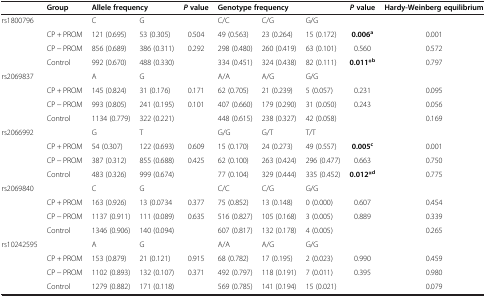
<table><thead><tr><td><b> </b></td><td><b>Group</b></td><td colspan="2"><b>Allele frequency</b></td><td><b><i>P </i>value</b></td><td colspan="3"><b>Genotype frequency</b></td><td><b><i>P </i>value</b></td><td><b>Hardy-Weinberg equilibrium</b></td></tr></thead><tbody><tr><td rowspan="3">rs1800796</td><td> </td><td>C</td><td>G</td><td> </td><td>C/C</td><td>C/G</td><td>G/G</td><td> </td><td> </td></tr><tr><td>CP + PROM</td><td>121 (0.695)</td><td>53 (0.305)</td><td>0.504</td><td>49 (0.563)</td><td>23 (0.264)</td><td>15 (0.172)</td><td><b>0.006</b><sup><b>a</b></sup></td><td>0.001</td></tr><tr><td>CP − PROM</td><td>856 (0.689)</td><td>386 (0.311)</td><td>0.292</td><td>298 (0.480)</td><td>260 (0.419)</td><td>63 (0.101)</td><td>0.560</td><td>0.572</td></tr><tr><td> </td><td>Control</td><td>992 (0.670)</td><td>488 (0.330)</td><td> </td><td>334 (0.451)</td><td>324 (0.438)</td><td>82 (0.111)</td><td><b>0.011*</b><sup><b>b</b></sup></td><td>0.797</td></tr><tr><td rowspan="3">rs2069837</td><td> </td><td>A</td><td>G</td><td> </td><td>A/A</td><td>A/G</td><td>G/G</td><td> </td><td> </td></tr><tr><td>CP + PROM</td><td>145 (0.824)</td><td>31 (0.176)</td><td>0.171</td><td>62 (0.705)</td><td>21 (0.239)</td><td>5 (0.057)</td><td>0.231</td><td>0.095</td></tr><tr><td>CP − PROM</td><td>993 (0.805)</td><td>241 (0.195)</td><td>0.101</td><td>407 (0.660)</td><td>179 (0.290)</td><td>31 (0.050)</td><td>0.243</td><td>0.056</td></tr><tr><td> </td><td>Control</td><td>1134 (0.779)</td><td>322 (0.221)</td><td> </td><td>448 (0.615)</td><td>238 (0.327)</td><td>42 (0.058)</td><td> </td><td>0.169</td></tr><tr><td rowspan="3">rs2066992</td><td> </td><td>G</td><td>T</td><td> </td><td>G/G</td><td>G/T</td><td>T/T</td><td> </td><td> </td></tr><tr><td>CP + PROM</td><td>54 (0.307)</td><td>122 (0.693)</td><td>0.609</td><td>15 (0.170)</td><td>24 (0.273)</td><td>49 (0.557)</td><td><b>0.005</b><sup><b>c</b></sup></td><td>0.001</td></tr><tr><td>CP − PROM</td><td>387 (0.312)</td><td>855 (0.688)</td><td>0.425</td><td>62 (0.100)</td><td>263 (0.424)</td><td>296 (0.477)</td><td>0.663</td><td>0.750</td></tr><tr><td> </td><td>Control</td><td>483 (0.326)</td><td>999 (0.674)</td><td> </td><td>77 (0.104)</td><td>329 (0.444)</td><td>335 (0.452)</td><td><b>0.012*</b><sup><b>d</b></sup></td><td>0.775</td></tr><tr><td rowspan="3">rs2069840</td><td> </td><td>C</td><td>G</td><td> </td><td>C/C</td><td>C/G</td><td>G/G</td><td> </td><td> </td></tr><tr><td>CP + PROM</td><td>163 (0.926)</td><td>13 (0.0734</td><td>0.377</td><td>75 (0.852)</td><td>13 (0.148)</td><td>0 (0.000)</td><td>0.607</td><td>0.454</td></tr><tr><td>CP − PROM</td><td>1137 (0.911)</td><td>111 (0.089)</td><td>0.635</td><td>516 (0.827)</td><td>105 (0.168)</td><td>3 (0.005)</td><td>0.889</td><td>0.339</td></tr><tr><td> </td><td>Control</td><td>1346 (0.906)</td><td>140 (0.094)</td><td> </td><td>607 (0.817)</td><td>132 (0.178)</td><td>4 (0.005)</td><td> </td><td>0.265</td></tr><tr><td rowspan="3">rs10242595</td><td> </td><td>A</td><td>G</td><td> </td><td>A/A</td><td>A/G</td><td>G/G</td><td> </td><td> </td></tr><tr><td>CP + PROM</td><td>153 (0.879)</td><td>21 (0.121)</td><td>0.915</td><td>68 (0.782)</td><td>17 (0.195)</td><td>2 (0.023)</td><td>0.990</td><td>0.459</td></tr><tr><td>CP − PROM</td><td>1102 (0.893)</td><td>132 (0.107)</td><td>0.371</td><td>492 (0.797)</td><td>118 (0.191)</td><td>7 (0.011)</td><td>0.395</td><td>0.980</td></tr><tr><td> </td><td>Control</td><td>1279 (0.882)</td><td>171 (0.118)</td><td> </td><td>569 (0.785)</td><td>141 (0.194)</td><td>15 (0.021)</td><td> </td><td>0.079</td></tr></tbody></table>